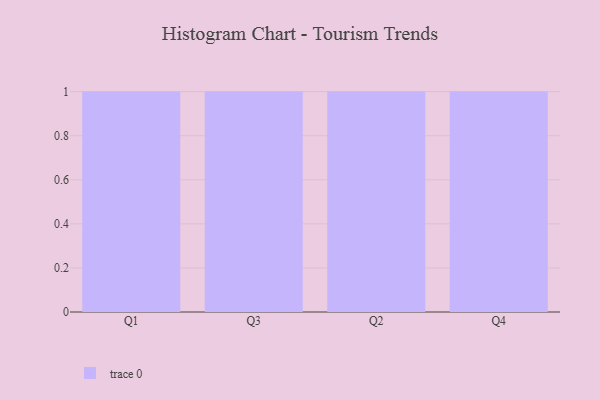
{"axis": {"x": "Quarter", "y": "Tickets Resolved"}, "legend": [""], "data": [{"x": "Q1", "y": 48, "type": ""}, {"x": "Q3", "y": 59, "type": ""}, {"x": "Q2", "y": 16, "type": ""}, {"x": "Q4", "y": 94, "type": ""}]}